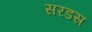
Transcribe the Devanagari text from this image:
सरडस